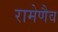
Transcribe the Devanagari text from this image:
रामेणैव